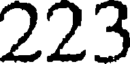
223